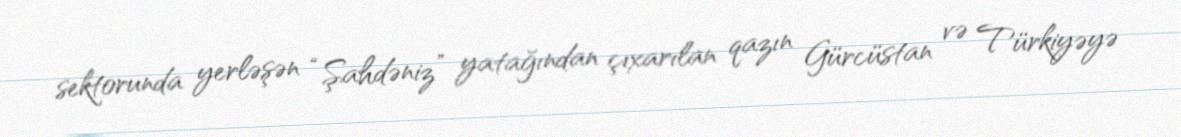
sektorunda yerləşən “Şahdəniz” yatağından çıxarılan qazın Gürcüstan və Türkiyəyə